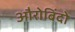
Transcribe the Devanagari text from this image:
औरोबिंदो